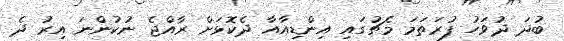
ބުދަ ދުވަހު ފުރަތަމަ މެޗުގައި އިންޑިއާއާ ދެކޮޅަށް ރާއްޖެ ނުކުންނަ އިރު ދެ